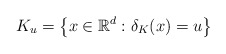
\begin{align*}K_{u}=\left\{x\in \mathbb R^d:\delta_K(x)= u\right\}\end{align*}